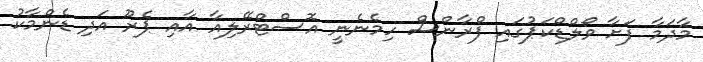
މާދަމާ ފަށާ ވޯލްޑްކަޕުގައި ފްރާންސް ހިމެނެނީ އޮސްޓްރޭލިއާ އާއި ޕެރޫ އަދި ޑެންމާކު